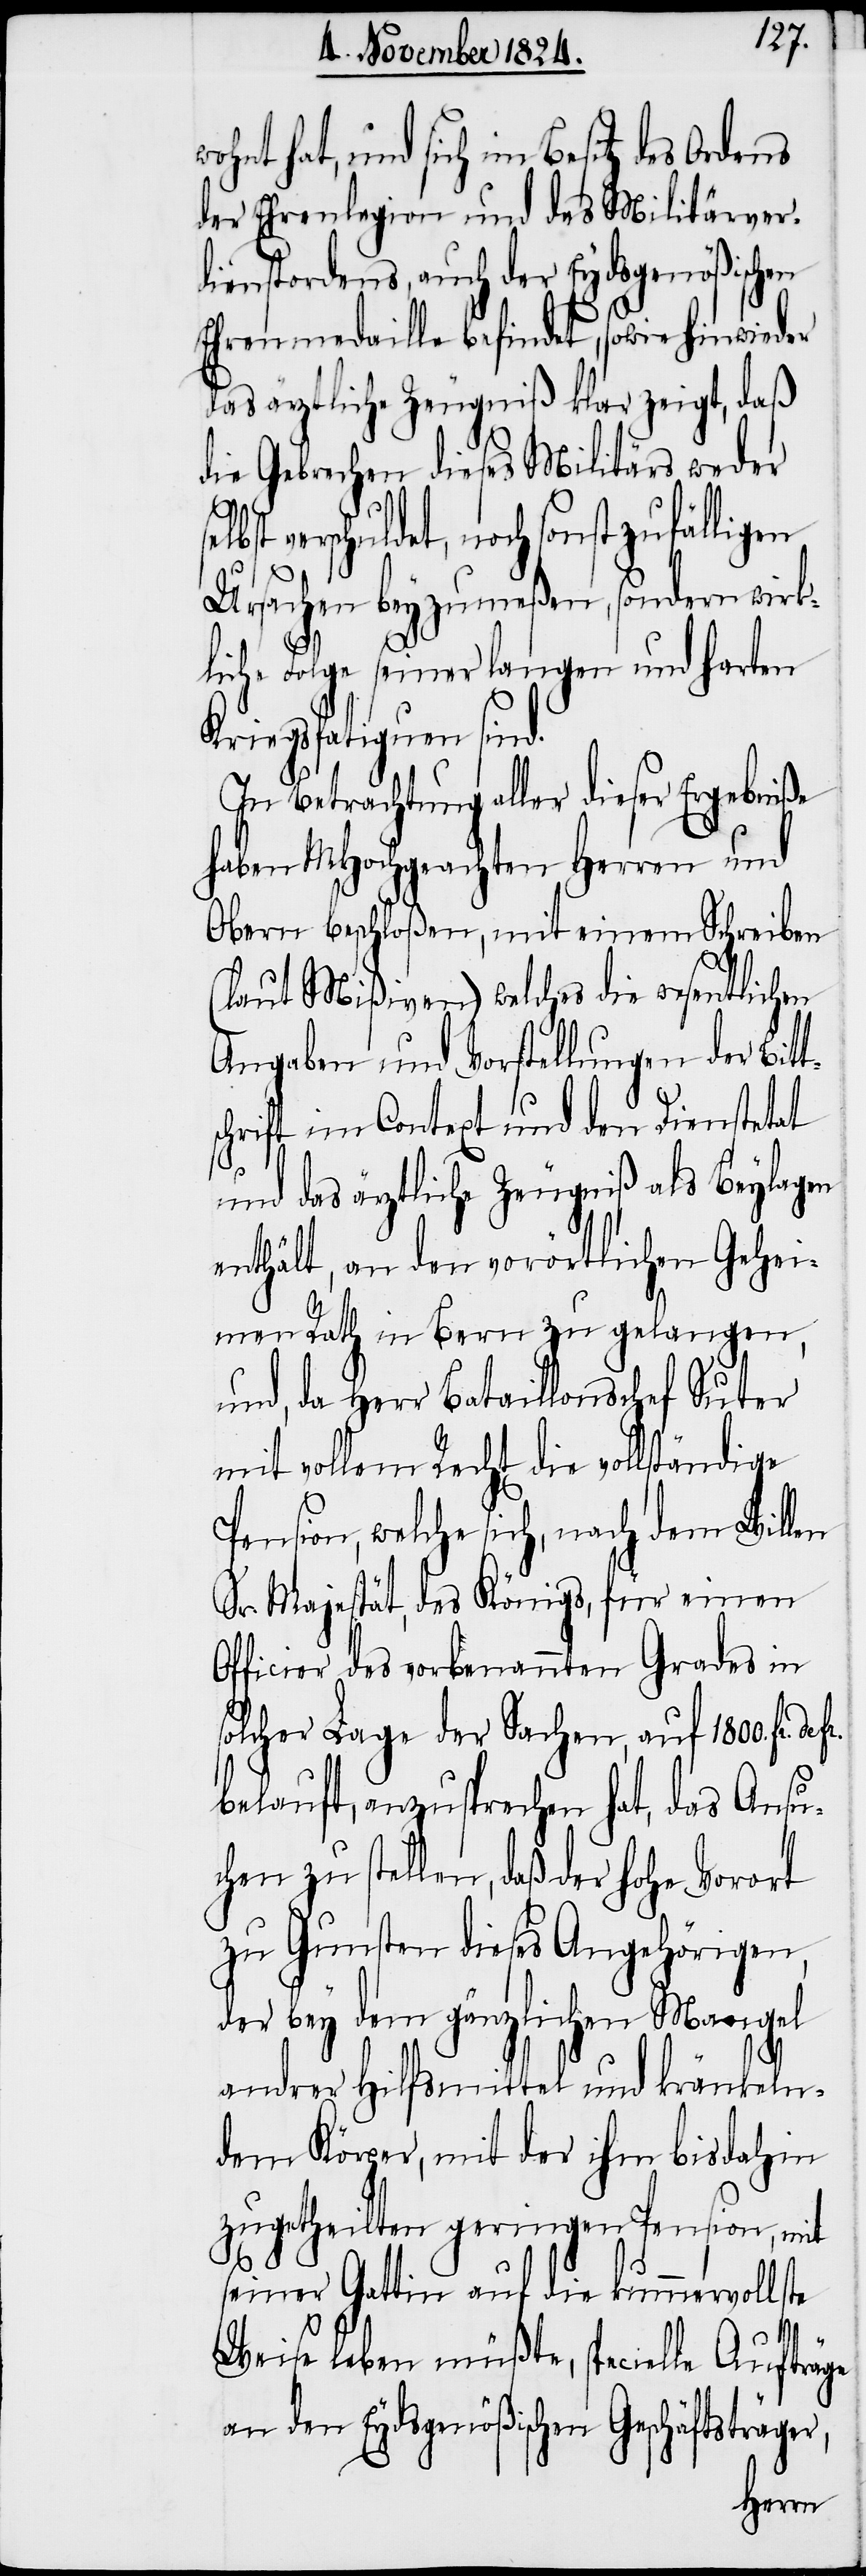
hat, und sich im Besitz des Ordens
der Ehrenlegion und des Militärver¬
dienstordens, auch der Eydsgenößische
Ehrenmedaille befindet, sowie hinwieder
das ärztliche Zeugniß klar zeigt, daß
die Gebrechen dieses Militärs weder
verschuldet, noch sonst zufälligen
Ursachen beyzumeßen, sondern wirkl¬
iche Folgen seiner langen und harten
Kriegsfatiguen sind.
In Betrachtung aller dieser Ergebniße
haben MHochgeachten Herren und
Obern beschloßen, mit einem Schreiben
(laut Mißiven) welches die wesentlichen
Angaben und Vorstellungen der Bitt¬
schrift im Context und den Dienstetat
und das ärztliche Zeugniß als Beylagen
enthält, an den vorörtlichen Gehei¬
men Rath in Bern zu gelangen,
und, da Herr Bataillonschef Suter
mit vollem Recht die vollständige
Pension, welche sich, nach dem Willen
Sr. Majestät, des Königs, für einen
Officier des vorbenannten Grades in
solcher Lage der Sachen, auf 1800. fr.
belauft, anzusprechen hat, das Ansu¬
chen zu stellen, daß der hohe Vorort
zu Gunsten dieses Angehörigen,
der bey dem gänzlichen Mangel
andrer Hilfsmittel und kränkeln¬
dem Körper, mit der ihm bis dahin
zugetheilten geringen Pension, mit
seiner Gattin auf die kummervollste
Weise leben müßte, specielle Aufträge
an den Eydsgenößischen Geschäftsträg¬
er,